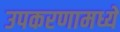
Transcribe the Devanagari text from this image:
उपकरणामध्ये